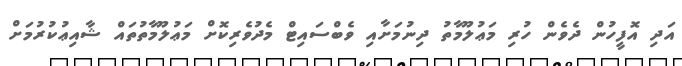
އަދި އޮފީހުން ދެވެން ހުރި މަޢުލޫމާތު ދިނުމަށާއި ވެބްސައިޓް މެދުވެރިކޮށް މަޢުލޫމާތުތައް ޝާއިޢުކުރުމަށް